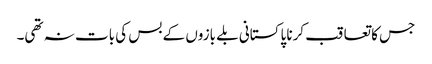
جس کا تعاقب کرنا پاکستانی بلے بازوں کے بس کی بات نہ تھی۔